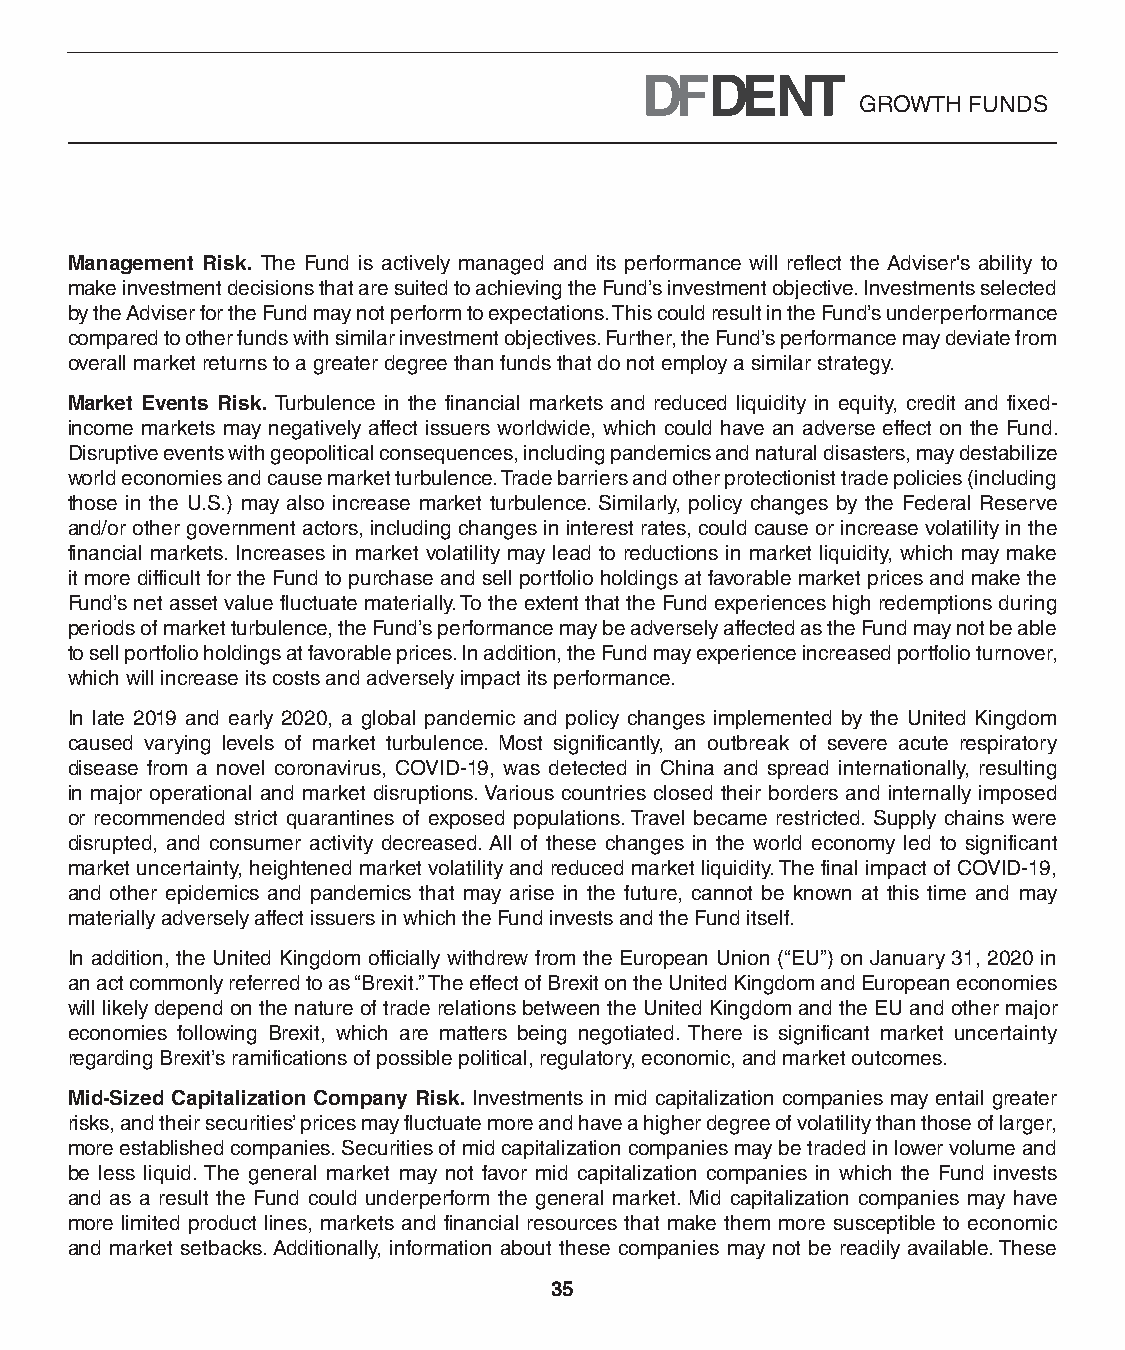
GROWTH FUNDS
 Management Risk. The Fund is actively managed and its performance will reflect the Adviser's ability to
 make investment decisions that are suited to achieving the Fund’s investment objective. Investments selected
 by the Adviser for the Fund may not perform to expectations. This could result in the Fund’s underperformance
 compared to other funds with similar investment objectives. Further, the Fund’s performance may deviate from
 overall market returns to a greater degree than funds that do not employ a similar strategy.
 Market Events Risk. Turbulence in the financial markets and reduced liquidity in equity, credit and fixed-
 income markets may negatively affect issuers worldwide, which could have an adverse effect on the Fund.
 Disruptive events with geopolitical consequences, including pandemics and natural disasters, may destabilize
 world economies and cause market turbulence. Trade barriers and other protectionist trade policies (including
 those in the U.S.) may also increase market turbulence. Similarly, policy changes by the Federal Reserve
 and/or other government actors, including changes in interest rates, could cause or increase volatility in the
 financial markets. Increases in market volatility may lead to reductions in market liquidity, which may make
 it more difficult for the Fund to purchase and sell portfolio holdings at favorable market prices and make the
 Fund’s net asset value fluctuate materially. To the extent that the Fund experiences high redemptions during
 periods of market turbulence, the Fund’s performance may be adversely affected as the Fund may not be able
 to sell portfolio holdings at favorable prices. In addition, the Fund may experience increased portfolio turnover,
 which will increase its costs and adversely impact its performance.
 In late 2019 and early 2020, a global pandemic and policy changes implemented by the United Kingdom
 caused varying levels of market turbulence. Most significantly, an outbreak of severe acute respiratory
 disease from a novel coronavirus, COVID-19, was detected in China and spread internationally, resulting
 in major operational and market disruptions. Various countries closed their borders and internally imposed
 or recommended strict quarantines of exposed populations. Travel became restricted. Supply chains were
 disrupted, and consumer activity decreased. All of these changes in the world economy led to significant
 market uncertainty, heightened market volatility and reduced market liquidity. The final impact of COVID-19,
 and other epidemics and pandemics that may arise in the future, cannot be known at this time and may
 materially adversely affect issuers in which the Fund invests and the Fund itself.
 In addition, the United Kingdom officially withdrew from the European Union (“EU”) on January 31, 2020 in
 an act commonly referred to as “Brexit.” The effect of Brexit on the United Kingdom and European economies
 will likely depend on the nature of trade relations between the United Kingdom and the EU and other major
 economies following Brexit, which are matters being negotiated. There is significant market uncertainty
 regarding Brexit’s ramifications of possible political, regulatory, economic, and market outcomes.
 Mid-Sized Capitalization Company Risk. Investments in mid capitalization companies may entail greater
 risks, and their securities’ prices may fluctuate more and have a higher degree of volatility than those of larger,
 more established companies. Securities of mid capitalization companies may be traded in lower volume and
 be less liquid. The general market may not favor mid capitalization companies in which the Fund invests
 and as a result the Fund could underperform the general market. Mid capitalization companies may have
 more limited product lines, markets and financial resources that make them more susceptible to economic
 and market setbacks. Additionally, information about these companies may not be readily available. These
 35